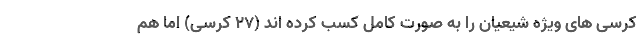
کرسی های ویژه شیعیان را به صورت کامل کسب کرده اند (27 کرسی) اما هم